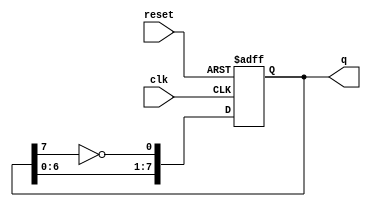
module johnson_counter(clk,reset,q);
  input clk,reset;
  output reg [7:0] q;
  reg [7:0] temp;
  always @(posedge clk, posedge reset)
    begin
      if(reset)
        temp<=8'b0;
      else
        temp<={temp[6:0],~temp[7]};
    end
  assign q = temp;
endmodule